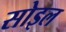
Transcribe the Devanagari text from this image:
सोइल